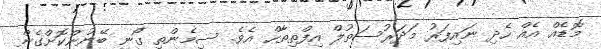
މޮޑެއް އެއް ހެދި ނައިފަރު މަދަރުސަތުލް އިފްތިތާހް އެވެ. ސިމެންތި ގޯނި ބޭނުންކޮށްގެން